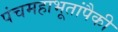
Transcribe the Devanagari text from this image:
पंचमहाभूतांपैकी